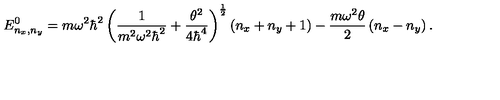
E _ { n _ { x } , n _ { y } } ^ { 0 } = m \omega ^ { 2 } \hbar ^ { 2 } \left( \frac { 1 } { m ^ { 2 } \omega ^ { 2 } \hbar ^ { 2 } } + \frac { \theta ^ { 2 } } { 4 \hbar ^ { 4 } } \right) ^ { \frac { 1 } { 2 } } \left( n _ { x } + n _ { y } + 1 \right) - \frac { m \omega ^ { 2 } \theta } { 2 } \left( n _ { x } - n _ { y } \right) .